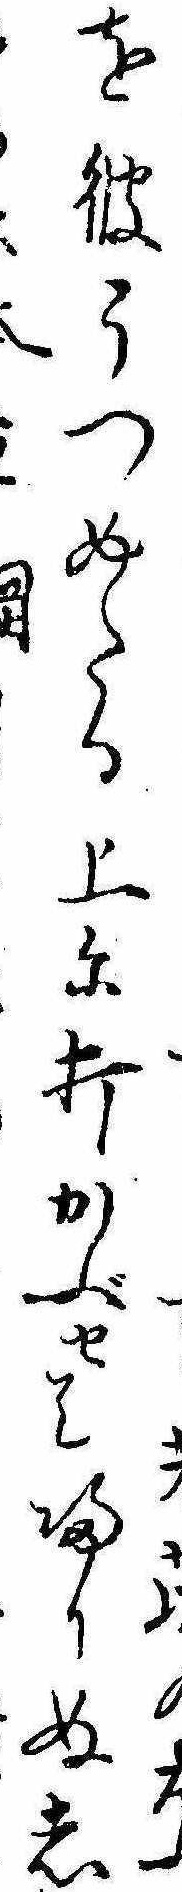
葉を彼うつめたる上に打かぶせて帰りぬし本